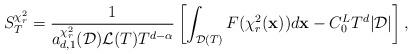
LaTeX: \begin{align*}S_{T}^{\chi_{r}^{2}}=\frac{1}{a_{d,1}^{\chi_{r}^{2}}(\mathcal{D})\mathcal{L}(T)T^{d-\alpha}}\left[\int_{\mathcal{D}(T)}F(\chi_{r}^{2}(\mathbf{x}))d\mathbf{x}-C_{0}^{L}T^{d}|\mathcal{D}|\right],\end{align*}